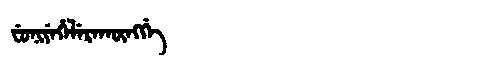
Manchu: ᠸᡠᠨᡳᠶᡝᡥᡝᠯᡝᡵᠠᡴᡡᠩᡤᡝ
Romanization: FUNIYEHELERAKŪNGGE